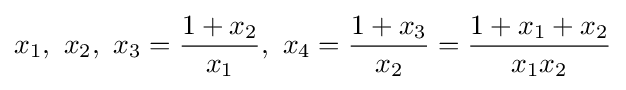
x_{1},\ x_{2},\ x_{3}={\frac {1+x_{2}}{x_{1}}},\ x_{4}={\frac {1+x_{3}}{x_{2}}}={\frac {1+x_{1}+x_{2}}{x_{1}x_{2}}}